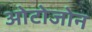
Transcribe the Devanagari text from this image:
ओटोजोन